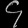
Digit: ၄